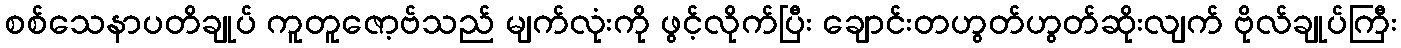
စစ်သေနာပတိချုပ် ကူတူဇော့ဗ်သည် မျက်လုံးကို ဖွင့်လိုက်ပြီး ချောင်းတဟွတ်ဟွတ်ဆိုးလျက် ဗိုလ်ချုပ်ကြီး